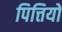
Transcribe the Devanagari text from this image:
पित्तियों